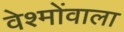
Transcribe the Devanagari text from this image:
वेश्मोंवाला